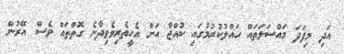
އަދި މިފަދަ މައްސަލަތައް ހައްލުކުރުމުގައި ކުއްޖާ އަށް އެހީތެރިވެވިދާނެ ގޮތްތައް ވެސް އޭރުން